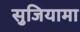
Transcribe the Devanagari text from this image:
सुजियामा